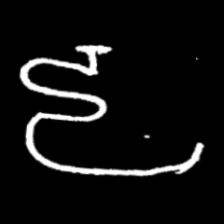
Pyu character \u2014 Myanmar letter: ဠ (romanized: lla)